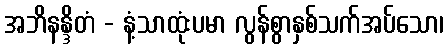
အဘိနန္ဒိတံ - နံ့သာထုံးပမာ လွန်စွာနှစ်သက်အပ်သော၊